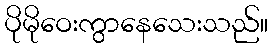
ပိုမိုဝေးကွာနေသေးသည်။